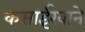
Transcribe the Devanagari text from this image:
कसाईखाने